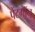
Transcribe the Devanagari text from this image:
पेंटगॉन